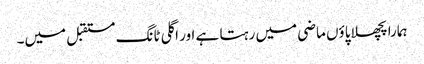
ہمارا پچھلا پاؤں ماضی میں رہتا ہے اور اگلی ٹانگ مستقبل میں۔